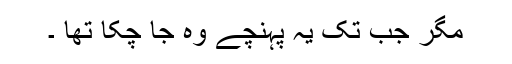
مگر جب تک یہ پہنچے وہ جا چکا تھا ۔